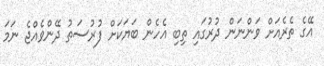
އޭގެ ތެރެއަށް ވަންނަން ދުރުގައި ތިބި އެހެން ބަޔަކަށް ފުރުސަތު ދޭންވެއްޖެ ނަމަ